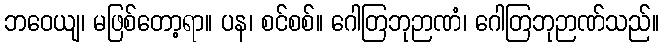
ဘဝေယျ၊ မဖြစ်တော့ရာ။ ပန၊ စင်စစ်။ ဂေါတြဘုဉာဏံ၊ ဂေါတြဘုဉာဏ်သည်။